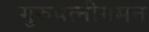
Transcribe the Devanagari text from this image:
गुरुपत्नीगमन